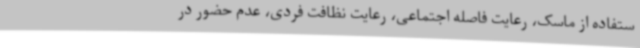
ستفاده از ماسک، رعایت فاصله اجتماعی، رعایت نظافت فردی، عدم حضور در